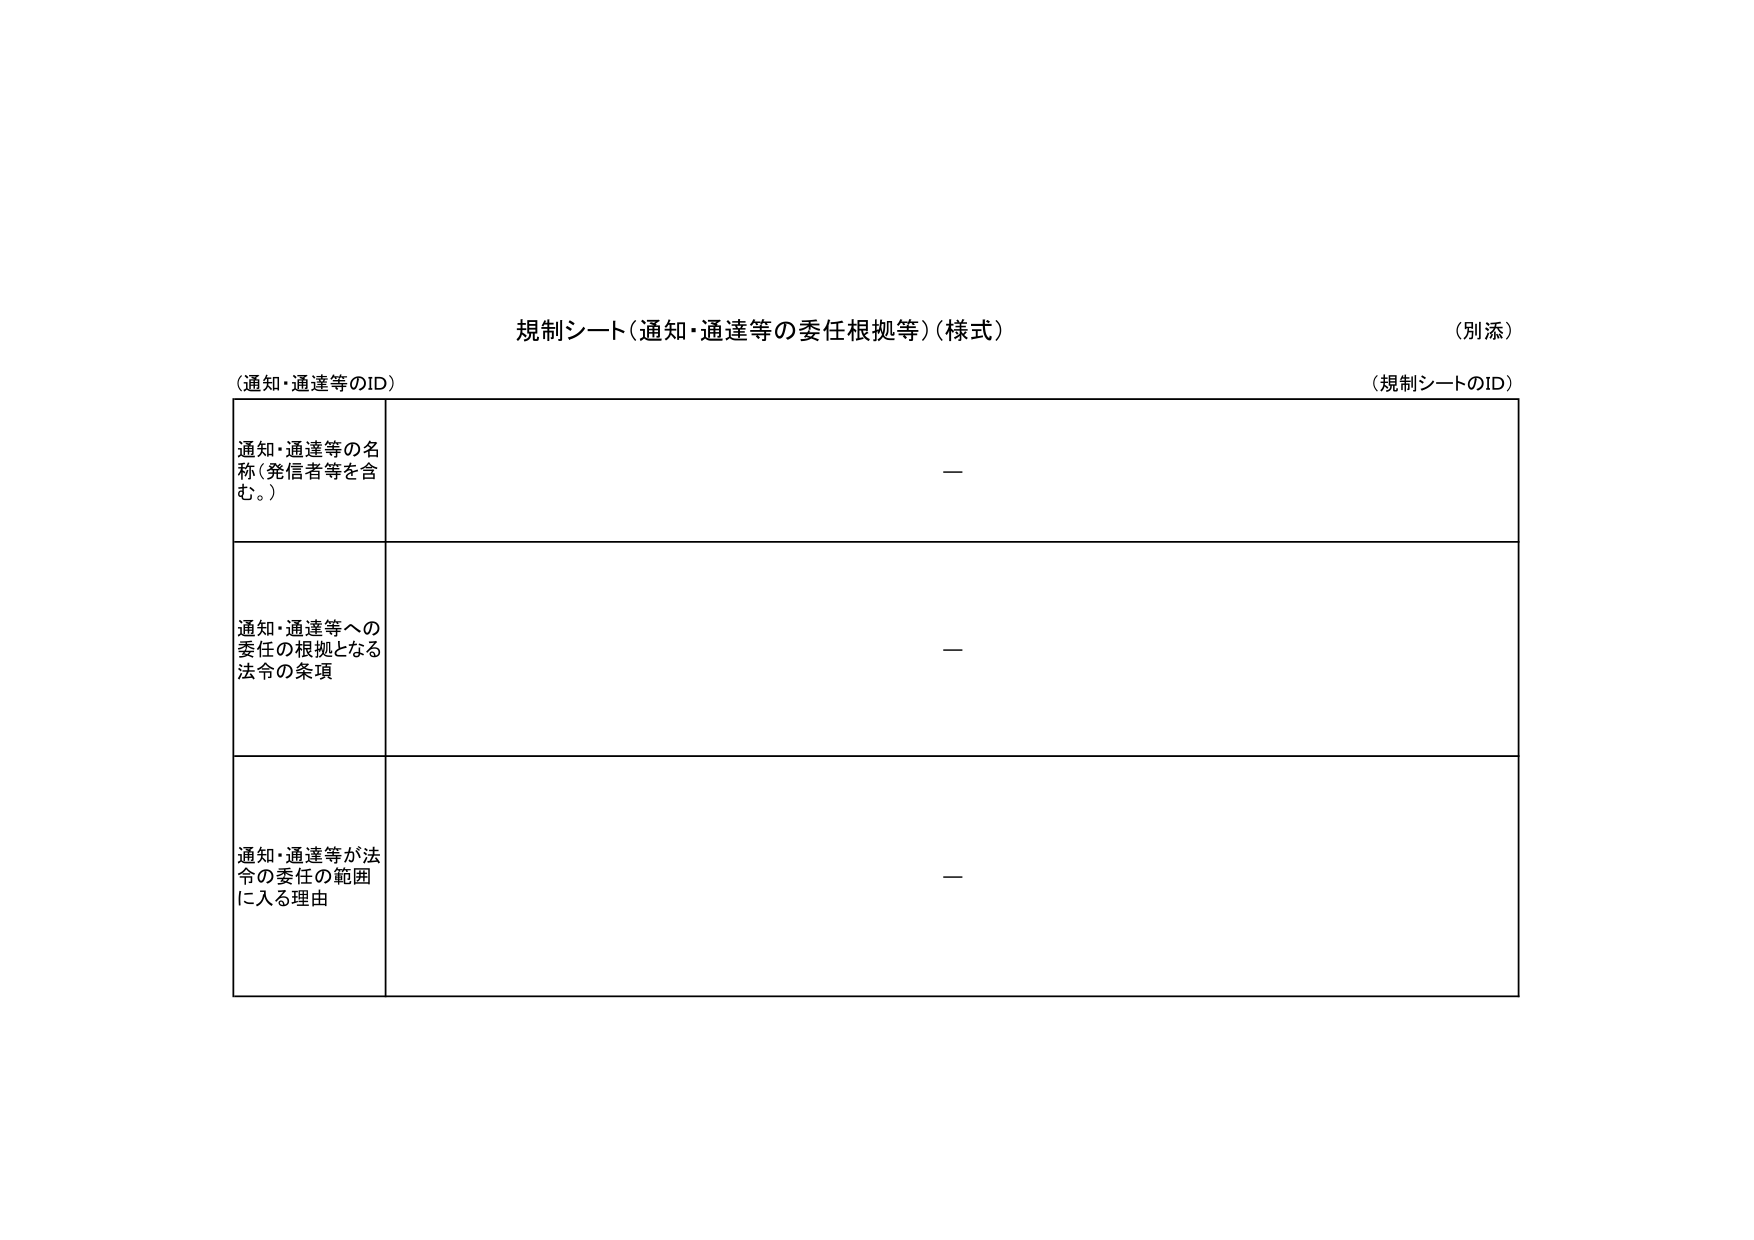
規制シート（通知・通達等の委任根拠等）（様式）
（別添）

（通知・通達等のID）
（規制シートのID）

通知・通達等の名称（発信者等を含む。）
—

通知・通達等への委任の根拠となる法令の条項
—

通知・通達等が法令の委任の範囲に入る理由
—